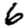
Digit: 6